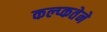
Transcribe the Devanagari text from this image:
कल्प्कतेने